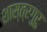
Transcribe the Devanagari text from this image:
शास्त्रगुरु